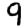
Digit: 9